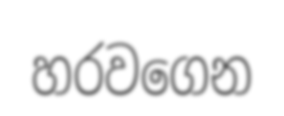
හරවගෙන